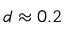
d \approx 0 . 2